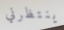
ينتظرني